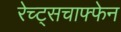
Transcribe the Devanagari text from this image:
रेच्ट्सचाफ्फेन